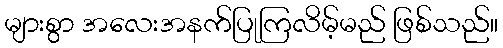
များစွာ အလေးအနက်ပြုကြလိမ့်မည် ဖြစ်သည်။